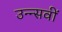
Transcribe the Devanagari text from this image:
उन्न्सवीं